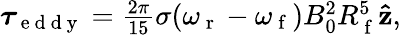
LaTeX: \begin{array}{r}{\boldsymbol{\tau}_{\mathrm{~e~d~d~y~}}=\frac{2\pi}{15}\sigma(\omega_{\mathrm{~r~}}-\omega_{\mathrm{~f~}})B_{0}^{2}R_{\mathrm{~f~}}^{5}\mathbf{\hat{z}},}\end{array}